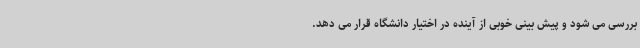
بررسی می شود و پیش بینی خوبی از آینده در اختیار دانشگاه قرار می دهد.